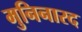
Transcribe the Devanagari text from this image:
मुनिनारद